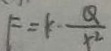
F = k - \frac { Q } { x ^ { 2 } }